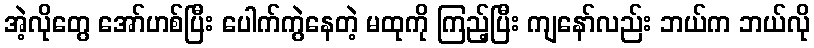
အဲ့လိုတွေ အော်ဟစ်ပြီး ပေါက်ကွဲနေတဲ့ မထုကို ကြည့်ပြီး ကျနော်လည်း ဘယ်က ဘယ်လို